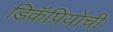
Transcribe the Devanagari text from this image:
डिकॅप्रियोची